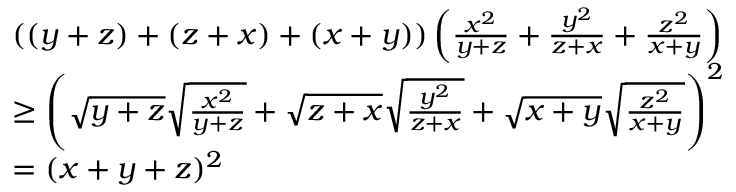
\begin{array} { r l } & { \left( ( y + z ) + ( z + x ) + ( x + y ) \right) \left( \frac { x ^ { 2 } } { y + z } + \frac { y ^ { 2 } } { z + x } + \frac { z ^ { 2 } } { x + y } \right) } \\ & { \geq \left( \sqrt { y + z } \sqrt { \frac { x ^ { 2 } } { y + z } } + \sqrt { z + x } \sqrt { \frac { y ^ { 2 } } { z + x } } + \sqrt { x + y } \sqrt { \frac { z ^ { 2 } } { x + y } } \right) ^ { 2 } } \\ & { = ( x + y + z ) ^ { 2 } } \end{array}